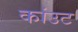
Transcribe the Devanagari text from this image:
कांउट